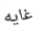
غايه